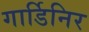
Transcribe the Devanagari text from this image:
गार्डिनिर